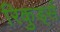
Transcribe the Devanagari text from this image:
रिकुर्ड्स